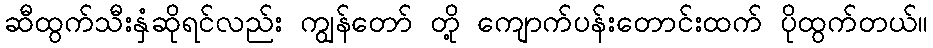
ဆီထွက်သီးနှံဆိုရင်လည်း ကျွန်တော် တို့ ကျောက်ပန်းတောင်းထက် ပိုထွက်တယ်။